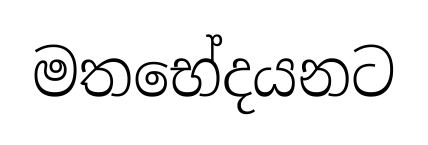
මතභේදයනට